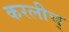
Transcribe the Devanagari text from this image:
करलीच्